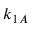
k _ { 1 A }